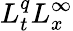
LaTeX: L_{t}^{q}L_{x}^{\infty}